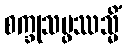
စက္ခုသမ္ဖဿသ္မိံ